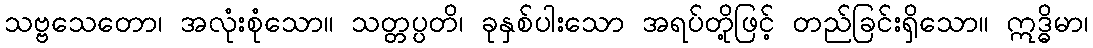
သဗ္ဗသေတော၊ အလုံးစုံသော။ သတ္တပ္ပတိ၊ ခုနှစ်ပါးသော အရပ်တို့ဖြင့် တည်ခြင်းရှိသော။ ဣဒ္ဓိမာ၊